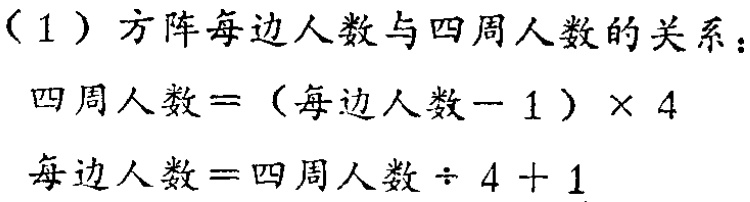
（1）方阵每边人数与四周人数的关系：

四周人数 =（每边人数 - 1）× 4

每边人数 = 四周人数 ÷ 4 + 1